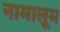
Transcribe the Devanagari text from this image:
नामालूम